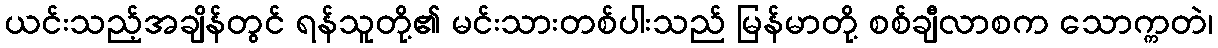
ယင်းသည့်အချိန်တွင် ရန်သူတို့၏ မင်းသားတစ်ပါးသည် မြန်မာတို့ စစ်ချီလာစက သောက္ကတဲ၊